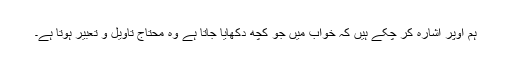
ہم اوپر اشارہ کر چکے ہیں کہ خواب میں جو کچھ دکھایا جاتا ہے وہ محتاج تاویل و تعبیر ہوتا ہے۔